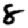
Digit: 8